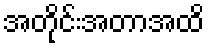
အတိုင်းအတာအထိ